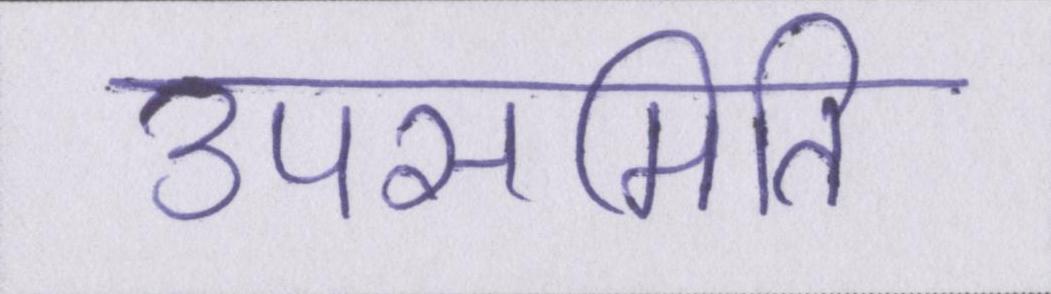
उपसमिति